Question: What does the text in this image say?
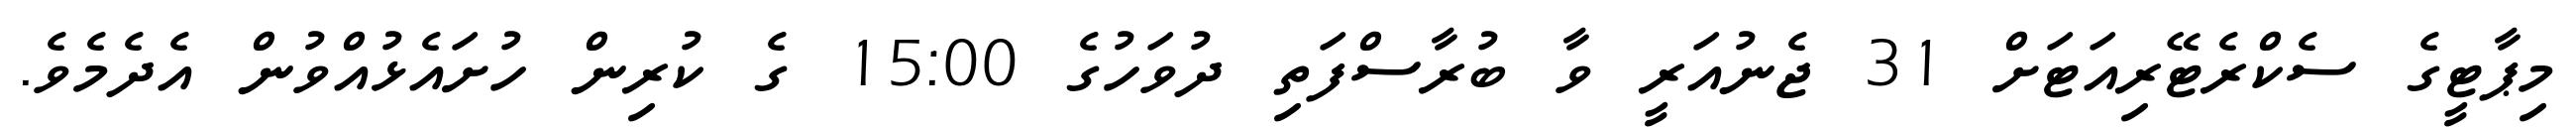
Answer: މިޕާޓީގެ ސެކްރެޓޭރިއަޓަށް 31 ޖެނުއަރީ ވާ ބުރާސްފަތި ދުވަހުގެ 15:00 ގެ ކުރިން ހުށައެޅުއްވުން އެދެމެވެ.